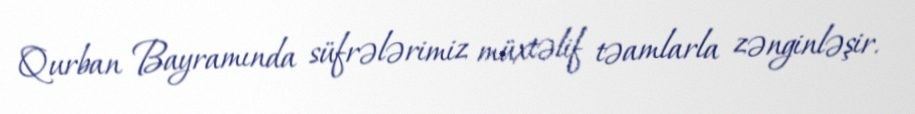
Qurban Bayramında süfrələrimiz müxtəlif təamlarla zənginləşir.